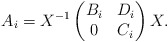
\begin{align*}A_i=X^{-1}\begin{pmatrix} B_i & D_i \\ 0 &C_i\end{pmatrix}X.\end{align*}